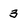
Character: 3